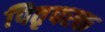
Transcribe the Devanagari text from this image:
पितृपरक